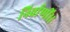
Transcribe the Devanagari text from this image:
निर्वाणीं।।